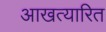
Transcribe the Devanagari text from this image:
आखत्यारित